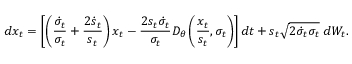
d x _ { t } = \left[ \left( \frac { \dot { \sigma } _ { t } } { \sigma _ { t } } + \frac { 2 \dot { s } _ { t } } { s _ { t } } \right) x _ { t } - \frac { 2 s _ { t } \dot { \sigma } _ { t } } { \sigma _ { t } } D _ { \theta } \left( \frac { x _ { t } } { s _ { t } } , \sigma _ { t } \right) \right] d t + s _ { t } \sqrt { 2 \dot { \sigma } _ { t } \sigma _ { t } } \; d W _ { t } .